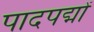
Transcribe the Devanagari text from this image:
पादपद्मों